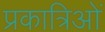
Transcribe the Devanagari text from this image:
प्रकात्रिओं